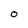
Character: O